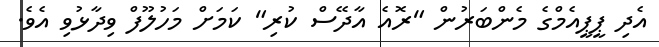
އެދި ޕީޕީއެމްގެ މެންބަރުން "ރޮއެ އާދޭސް ކުރި" ކަމަށް މަހުލޫފް ވިދާޅުވި އެވެ.